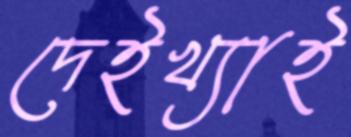
দেইখ্যাই